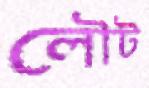
লৌট